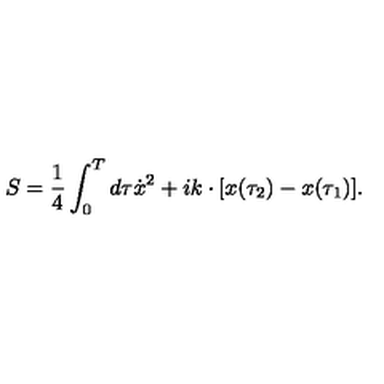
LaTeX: S = { \frac { 1 } { 4 } } \int _ { 0 } ^ { T } d \tau \dot { x } ^ { 2 } + i k \cdot [ x ( \tau _ { 2 } ) - x ( \tau _ { 1 } ) ] .